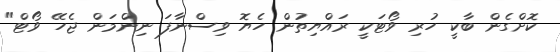
ކޮށްގެން ބާކީ ހުރި ވޯޓަކީ ރައްޔިތުން ހެޔޮ ވިސްނާފަ ނިންމަން ޖެހޭ ވޯޓް"